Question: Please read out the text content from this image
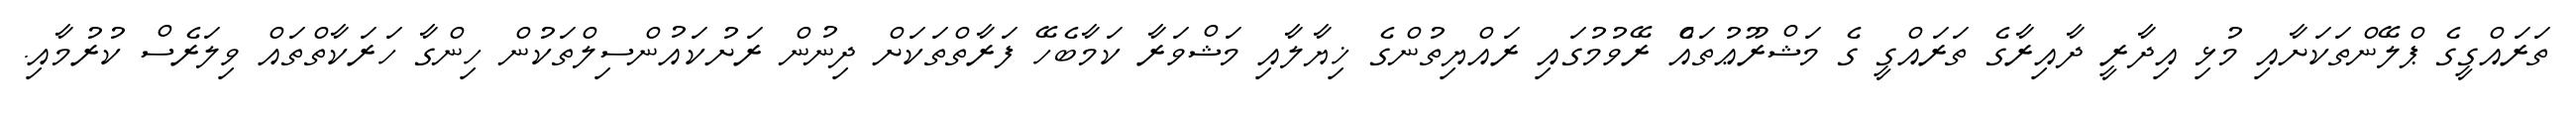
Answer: ތަރައްގީގެ ޕްލޭންތަކަށާއި މުޅި އިދާރީ ދާއިރާގެ ތަރައްގީ ގެ މަޝްރޫޢުތައެް ރޭވުމުގައި ރައްޔިތުންގެ ޚިޔާލާއި މަޝްވަރާ ކަމާބެހޭ ފަރާތްތަކަށް ދިނުން ރަށުކައުންސިލްތަކުން ހިންގާ ހަރަކާތްތައް ވިލަރެސް ކުރުމާއި.